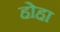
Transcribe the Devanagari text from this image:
होहा